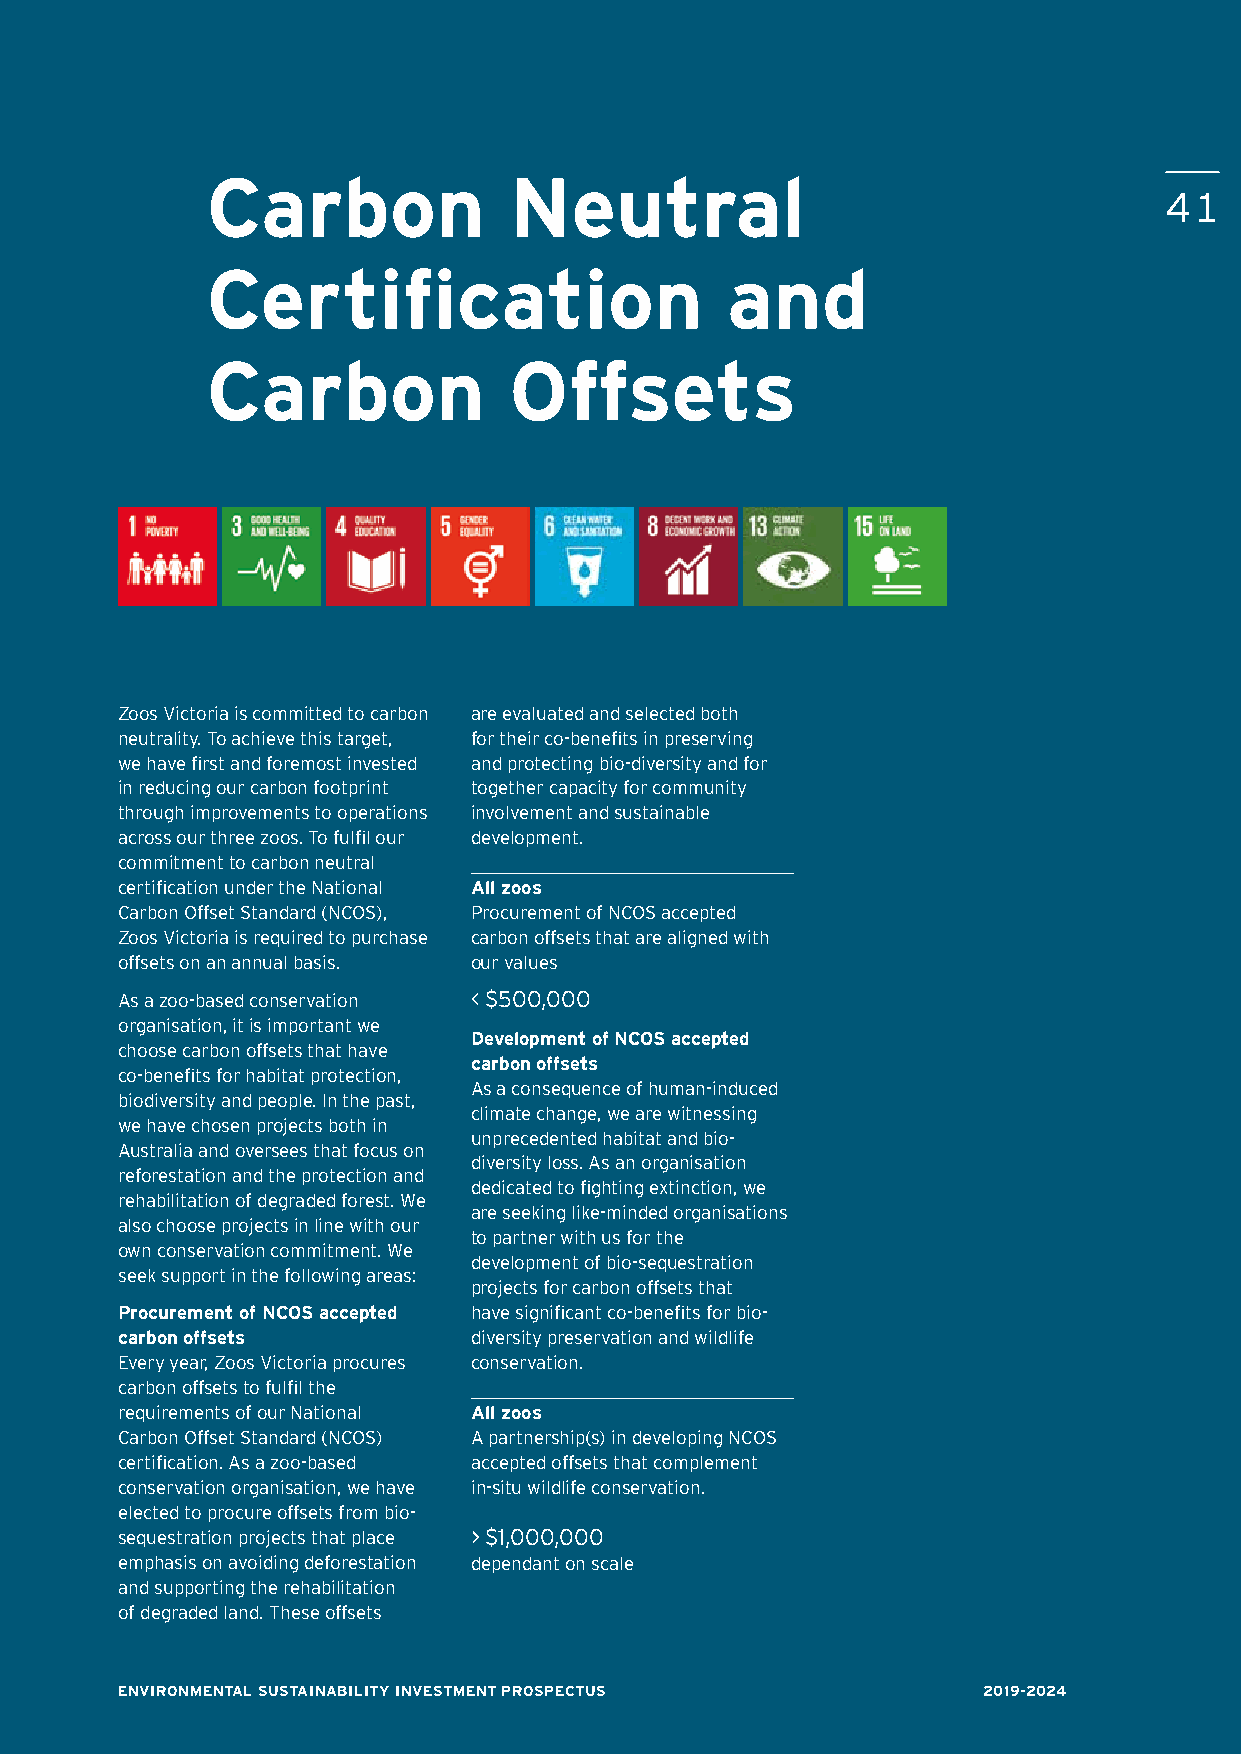
Carbon              Neutral
 4411
 Certification                     and
 Carbon              Offsets
 Zoos Victoria is committed to carbon are evaluated and selected both
 neutrality. To achieve this target, for their co-benefits in preserving
 we have first and foremost invested and protecting bio-diversity and for
 in reducing our carbon footprint together capacity for community
 through improvements to operations involvement and sustainable
 across our three zoos. To fulfil our development.
 commitment to carbon neutral
 certification under the National All zoos
 Carbon Offset Standard (NCOS), Procurement of NCOS accepted
 Zoos Victoria is required to purchase carbon offsets that are aligned with
 offsets on an annual basis. our values
 As a zoo-based conservation < $500,000
 organisation, it is important we
 Development of NCOS accepted
 choose carbon offsets that have
 carbon offsets
 co-benefits for habitat protection,
 As a consequence of human-induced
 biodiversity and people. In the past,
 climate change, we are witnessing
 we have chosen projects both in
 unprecedented habitat and bio-
 Australia and oversees that focus on
 diversity loss. As an organisation
 reforestation and the protection and
 dedicated to fighting extinction, we
 rehabilitation of degraded forest. We
 are seeking like-minded organisations
 also choose projects in line with our
 to partner with us for the
 own conservation commitment. We
 development of bio-sequestration
 seek support in the following areas:
 projects for carbon offsets that
 Procurement of NCOS accepted have significant co-benefits for bio-
 carbon offsets         diversity preservation and wildlife
 Every year, Zoos Victoria procures conservation.
 carbon offsets to fulfil the
 requirements of our National All zoos
 Carbon Offset Standard (NCOS) A partnership(s) in developing NCOS
 certification. As a zoo-based accepted offsets that complement
 conservation organisation, we have in-situ wildlife conservation.
 elected to procure offsets from bio-
 sequestration projects that place > $1,000,000
 emphasis on avoiding deforestation dependant on scale
 and supporting the rehabilitation
 of degraded land. These offsets
 ENVIRONMENTAL SUSTAINABILITY INVESTMENT PROSPECTUS       2019-2024